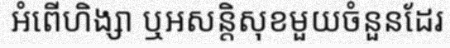
អំពើហិង្សា ឬអសន្តិសុខមួយចំនួនដែរ